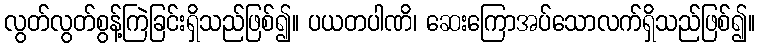
လွတ်လွတ်စွန့်ကြဲခြင်းရှိသည်ဖြစ်၍။ ပယတပါဏိ၊ ဆေးကြောအပ်သောလက်ရှိသည်ဖြစ်၍။